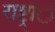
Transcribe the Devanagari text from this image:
राष्ट्रांे